画像に写った文字を読んでください
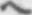
「ヘ」と書いてあります